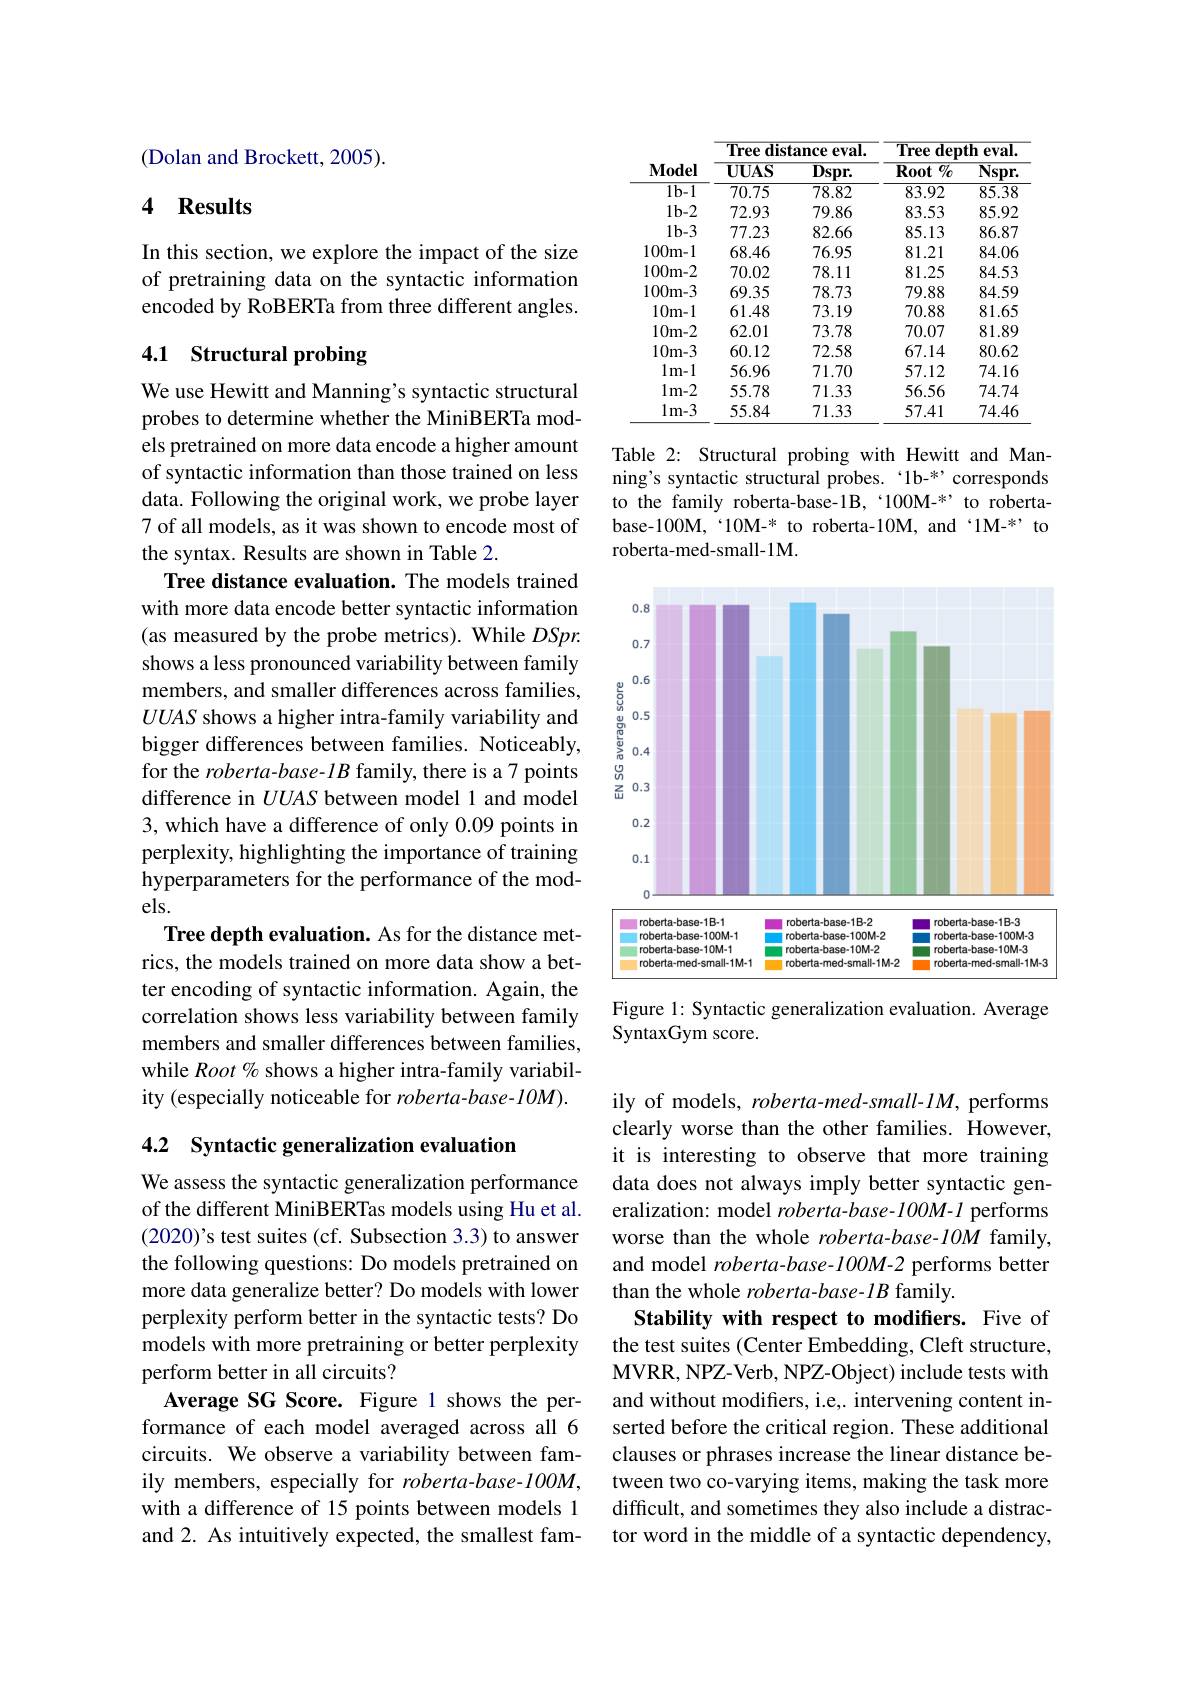
(Dolan and Brockett, 2005).

## 4 Results

In this section, we explore the impact of the size of pretraining data on the syntactic information encoded by RoBERTa from three different angles.

# 4.1 Structural probing

We use Hewitt and Manning's syntactic structural probes to determine whether the MiniBERTa models pretrained on more data encode a higher amount of syntactic information than those trained on less data. Following the original work, we probe layer 7 of all models, as it was shown to encode most of the syntax. Results are shown in Table 2.
Tree distance evaluation. The models trained with more data encode better syntactic information (as measured by the probe metrics). While $DSpr.$ shows a less pronounced variability between family members, and smaller differences across families, $UUAS$ shows a higher intra-family variability and bigger differences between families. Noticeably, for the $roberta-base-lB$ family, there is a7 points difference in $UUAS$ between model 1 and model 3, which have a difference of only 0.09 points in perplexity, highlighting the importance of training hyperparameters for the performance of the models.
Tree depth evaluation. As for the distance metrics, the models trained on more data show a better encoding of syntactic information. Again, the correlation shows less variability between family members and smaller differences between families, while Root % shows a higher intra-family variability (especially noticeable for roberta-base-10M).

4.2 Syntactic generalization evaluation

We assess the syntactic generalization performance of the different MiniBERTas models using Hu et al. (2020)'s test suites (cf. Subsection 3.3) to answer the following questions: Do models pretrained on more data generalize better? Do models with lower perplexity perform better in the syntactic tests? Do models with more pretraining or better perplexity perform better in all circuits?
Average SG Score. Figure 1 shows the performance of each model averaged across all 6 circuits. We observe a variability between family members, especially for roberta-base-100M, with a difference of 15 points between models 1 and 2. As intuitively expected, the smallest fam-

<table>
	<tbody>
		<tr>
			<th>$\mathbf{Model}$</th>
			<th>$\mathbf{UUAS}$</th>
			<th>$\overline{\mathbf{Dspr}}.$</th>
			<th>Root $\textbf{t}\%$</th>
			<th>$Nspr.$</th>
		</tr>
		<tr>
			<td>$\overline{1\text{b-1}}$</td>
			<td>70.75</td>
			<td>78.82</td>
			<td>83.92</td>
			<td>85.38</td>
		</tr>
		<tr>
			<td>$1b-2$</td>
			<td>72.93</td>
			<td>79.86</td>
			<td>83.53</td>
			<td>85.92</td>
		</tr>
		<tr>
			<td>$1b-3$</td>
			<td>77.23</td>
			<td>82.66</td>
			<td>85.13</td>
			<td>86.87</td>
		</tr>
		<tr>
			<td>100m-1</td>
			<td>68.46</td>
			<td>76.95</td>
			<td>81.21</td>
			<td>84.06</td>
		</tr>
		<tr>
			<td>100m-2</td>
			<td>70.02</td>
			<td>78.11</td>
			<td>81.25</td>
			<td>84.53</td>
		</tr>
		<tr>
			<td>100m-3</td>
			<td>69.35</td>
			<td>78.73</td>
			<td>79.88</td>
			<td>84.59</td>
		</tr>
		<tr>
			<td>10m-1</td>
			<td>61.48</td>
			<td>73.19</td>
			<td>70.88</td>
			<td>81.65</td>
		</tr>
		<tr>
			<td>10m-2</td>
			<td>62.01</td>
			<td>73.78</td>
			<td>70.07</td>
			<td>81.89</td>
		</tr>
		<tr>
			<td>10m-3</td>
			<td>60.12</td>
			<td>72.58</td>
			<td>67.14</td>
			<td>80.62</td>
		</tr>
		<tr>
			<td>$1m-1$</td>
			<td>56.96</td>
			<td>71.70</td>
			<td>57.12</td>
			<td>74.16</td>
		</tr>
		<tr>
			<td>$1m-2$</td>
			<td>55.78</td>
			<td>71.33</td>
			<td>56.56</td>
			<td>74.74</td>
		</tr>
		<tr>
			<td>$1m-3$</td>
			<td>55.84</td>
			<td>71.33</td>
			<td>57.41</td>
			<td>74.46</td>
		</tr>
	</tbody>
</table>

Table 2: Structural probing with Hewitt and Manning's syntactic structural probes.`1b-*" corresponds to the family roberta-base-1B,‘100M-*’to robertabase-100M,“10M-* to roberta-10M, and‘1M-*”to roberta-med-small-1M.

<FigureHere>

Figure 1: Syntactic generalization evaluation. Average
SyntaxGym score.

ily of models, roberta-med-small-1M, performs clearly worse than the other families. However, it is interesting to observe that more training data does not always imply better syntactic generalization: model roberta-base-100M-1 performs worse than the whole roberta-base-10M family, and model roberta-base-100M-2 performs better than the whole roberta-base-1B family.
Stability with respect to modifiers. Five of the test suites (Center Embedding, Cleft structure, MVRR, NPZ- Verb, NPZ- Object) include tests with and without modifers, i.e,. intervening content inserted before the critical region. These additional clauses or phrases increase the linear distance between two co-varying items, making the task more difficult, and sometimes they also include a distractor word in the middle of a syntactic dependency,